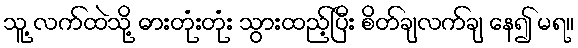
သူ့ လက်ထဲသို့ ဓားတုံးတုံး သွားထည့်ပြီး စိတ်ချလက်ချ နေ၍ မရ။